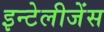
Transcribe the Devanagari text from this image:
इन्टेलीजेंस